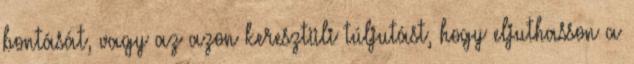
bontását, vagy az azon keresztüli túljutást, hogy eljuthasson a